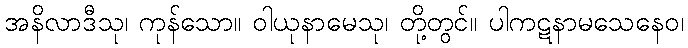
အနိလာဒီသု၊ ကုန်သော။ ဝါယုနာမေသု၊ တို့တွင်။ ပါကဋနာမသေနေဝ၊